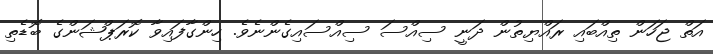
އަތް ޖަހަން ތިއްބައި ރައްޔިތުން ދަނީ ސިއްސަ ސިއްސައިގެންނެވެ. ހިންގާފައިވާ ކޮރަޕްޝަންގެ ބޮޑެތި